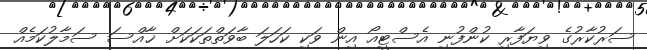
ސަރުކާރުގެ ވިޔަފާރި ކުންފުނި އެސްޓީއޯ އިން ވަކި ކަހަލަ ބާވަތްތަކަކަށް ޚާއްސަ ސަމާލުކަމެއް